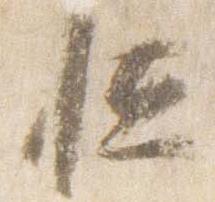
恒